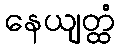
နေယျတ္ထံ